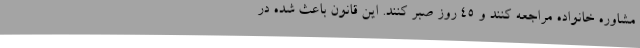
مشاوره خانواده مراجعه کنند و 45 روز صبر کنند. این قانون باعث شده در